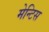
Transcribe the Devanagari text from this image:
मेन्टिस